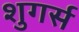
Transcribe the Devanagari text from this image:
शुगर्स